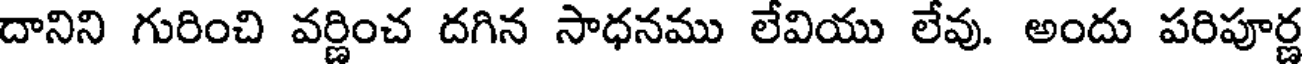
దానిని గురించి వర్ణించ దగిన సాధనము లేవియు లేవు. అందు పరిపూర్ణ